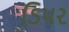
ડિપર